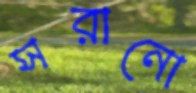
সরানো